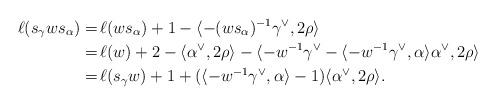
LaTeX: \begin{align*}\ell(s_\gamma ws_\alpha) =&\,\ell(ws_\alpha) + 1-\langle -(ws_\alpha)^{-1}\gamma^\vee,2\rho\rangle\\=&\,\ell(w) + 2-\langle \alpha^\vee,2\rho\rangle - \langle -w^{-1}\gamma^\vee - \langle -w^{-1}\gamma^\vee,\alpha\rangle \alpha^\vee,2\rho\rangle\\=&\,\ell(s_\gamma w) + 1 +(\langle -w^{-1}\gamma^\vee,\alpha\rangle-1)\langle \alpha^\vee,2\rho\rangle.\end{align*}